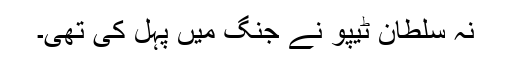
نہ سلطان ٹیپو نے جنگ میں پہل کی تھی۔